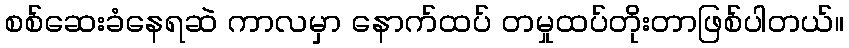
စစ်ဆေးခံနေရဆဲ ကာလမှာ နောက်ထပ် တမှုထပ်တိုးတာဖြစ်ပါတယ်။